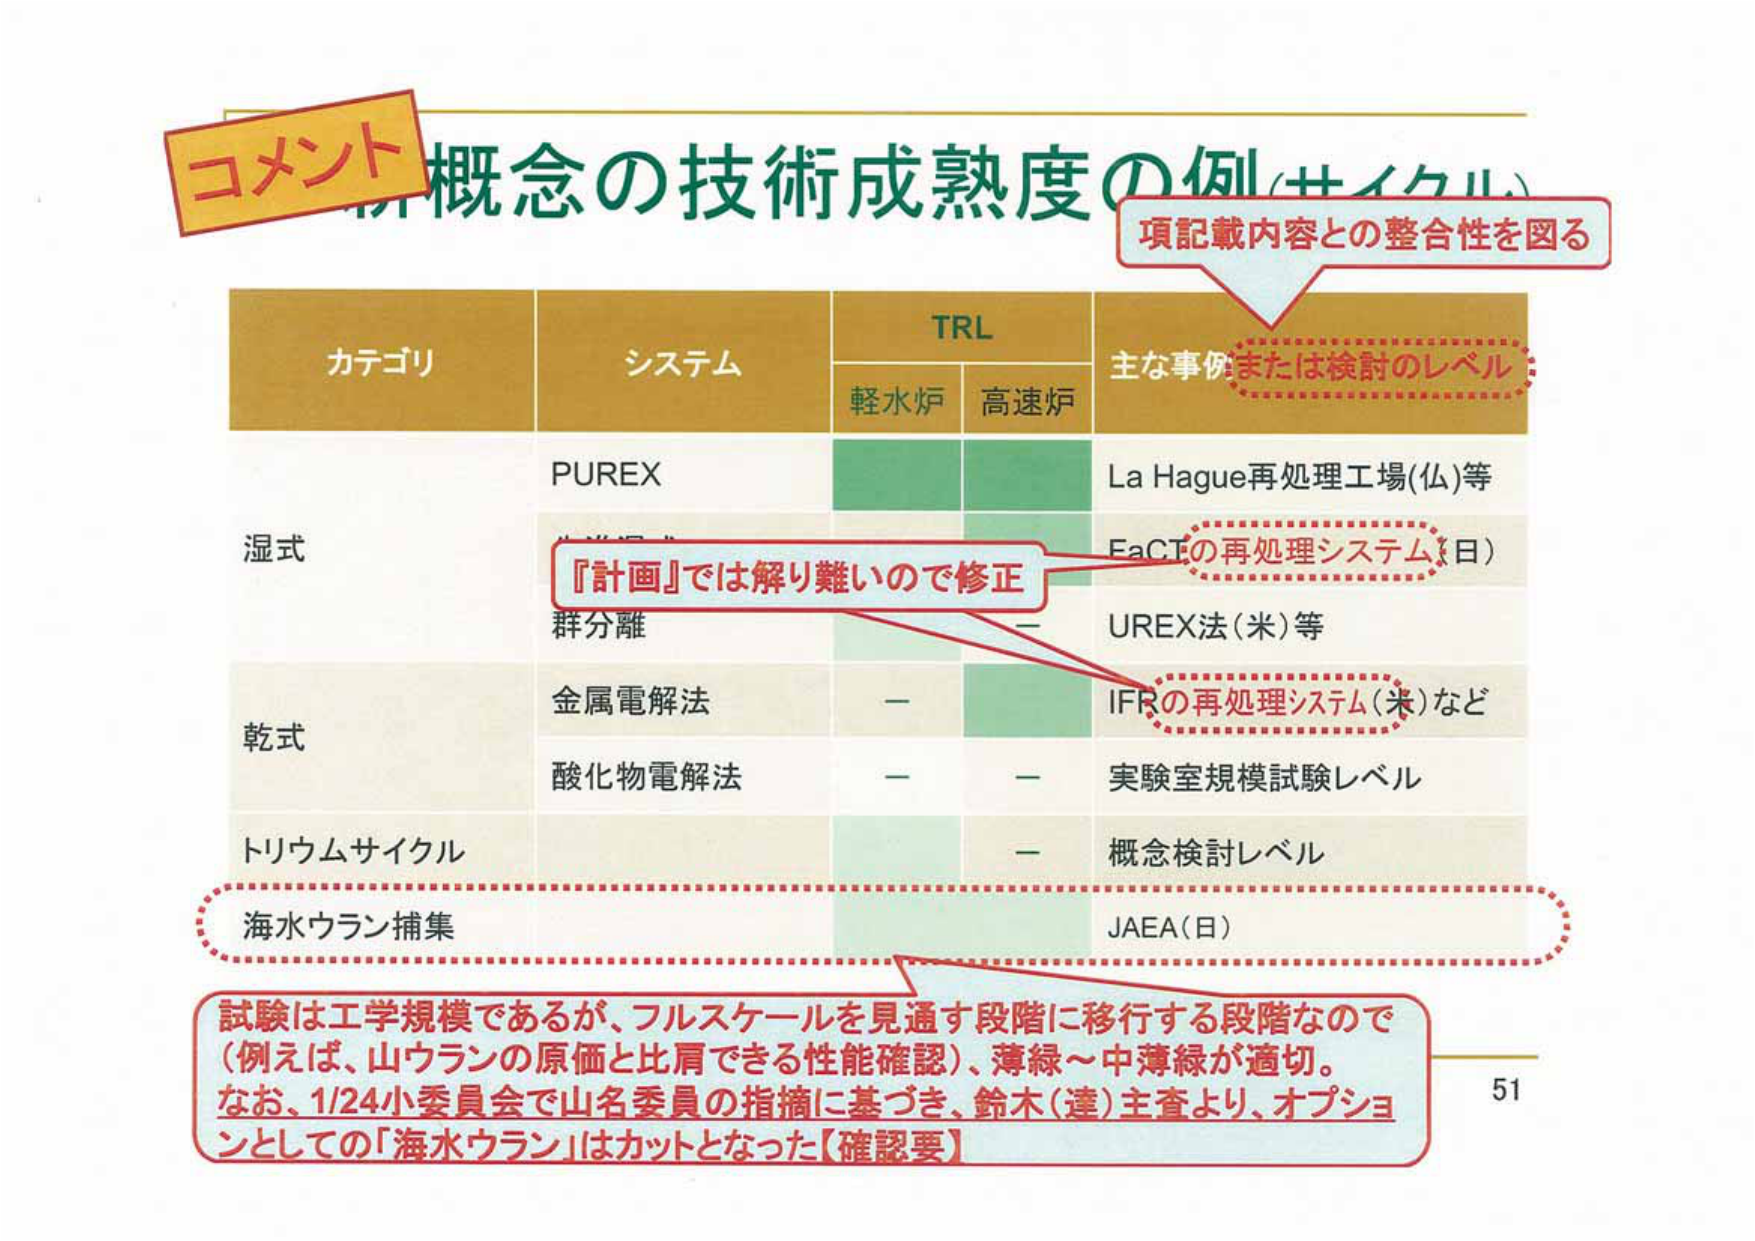
コメント
概念の技術成熟度の例(サイクル)
項記載内容との整合性を図る
カテゴリ システム TRL 主な事例または検討のレベル
軽水炉 高速炉
湿式 PUREX La Hague再処理工場(仏)等
『計画』では解り難いので修正
EaCTの再処理システム(日)
群分離 UREX法(米)等
乾式 金属電解法 － IFRの再処理システム(米)など
酸化物電解法 － － 実験室規模試験レベル
トリウムサイクル － 概念検討レベル
海水ウラン捕集 JAEA(日)
試験は工学規模であるが、フルスケールを見通す段階に移行する段階なので
（例えば、山ウランの原価と比肩できる性能確認）、薄緑～中薄緑が適切。
なお、1/24小委員会で山名委員の指摘に基づき、鈴木(達)主査より、オプションとしての「海水ウラン」はカットとなった【確認要】
51